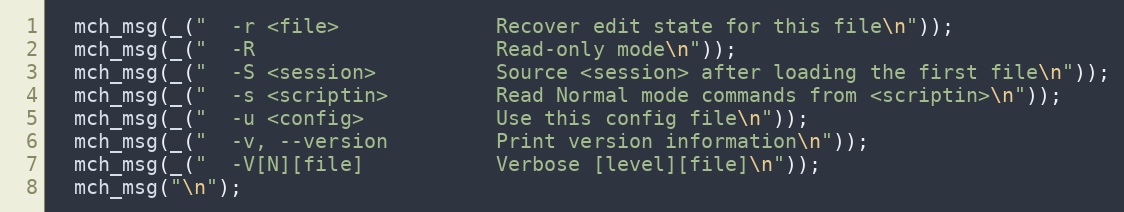
Language: C
  mch_msg(_("  -r <file>             Recover edit state for this file\n"));
  mch_msg(_("  -R                    Read-only mode\n"));
  mch_msg(_("  -S <session>          Source <session> after loading the first file\n"));
  mch_msg(_("  -s <scriptin>         Read Normal mode commands from <scriptin>\n"));
  mch_msg(_("  -u <config>           Use this config file\n"));
  mch_msg(_("  -v, --version         Print version information\n"));
  mch_msg(_("  -V[N][file]           Verbose [level][file]\n"));
  mch_msg("\n");